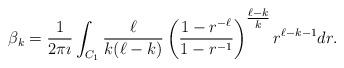
LaTeX: \begin{align*}\beta_{k} = \frac{1}{2 \pi \imath } \int_{C_{1}} \frac{\ell}{k(\ell-k)} \left( \frac{1 - r^{- \ell} }{1 - r^{-1}} \right)^{\tfrac{\ell -k}{k}} r^{\ell - k - 1} dr.\end{align*}